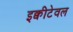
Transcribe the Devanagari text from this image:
इक्वीटेवल